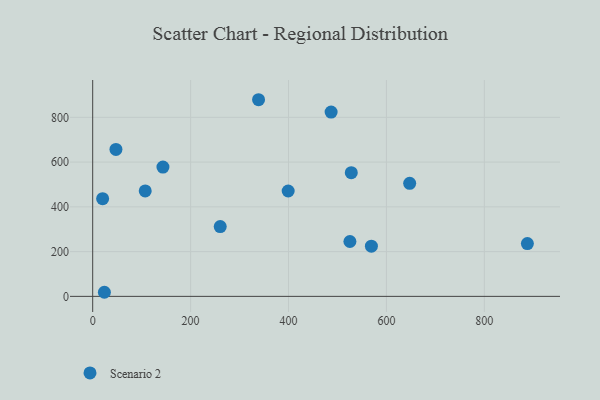
{"axis": {"x": "Distance", "y": "Exam Score"}, "legend": ["Scenario 2"], "data": [{"x": "887.9", "y": 235.8, "type": "Scenario 2"}, {"x": "647.5", "y": 505.3, "type": "Scenario 2"}, {"x": "528.2", "y": 552.6, "type": "Scenario 2"}, {"x": "569.3", "y": 224.2, "type": "Scenario 2"}, {"x": "47.5", "y": 656.5, "type": "Scenario 2"}, {"x": "525.4", "y": 245.1, "type": "Scenario 2"}, {"x": "23.9", "y": 18.3, "type": "Scenario 2"}, {"x": "399.3", "y": 470.7, "type": "Scenario 2"}, {"x": "107.3", "y": 471.0, "type": "Scenario 2"}, {"x": "338.8", "y": 878.6, "type": "Scenario 2"}, {"x": "143.5", "y": 577.7, "type": "Scenario 2"}, {"x": "20.3", "y": 436.3, "type": "Scenario 2"}, {"x": "487.0", "y": 823.4, "type": "Scenario 2"}, {"x": "260.5", "y": 311.8, "type": "Scenario 2"}]}